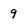
Character: 9